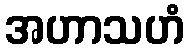
အဟာသဟံ